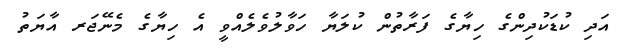
އަދި ކުޑަކުދިންގެ ހިޔާގެ ފަރާތުން ކުލަޔާ ހަވާލުވެލެއްވީ އެ ހިޔާގެ މެނޭޖަރ އާޔަތު